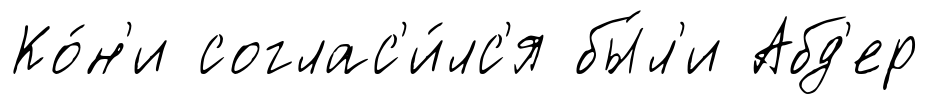
Ко́н'и соглас'и́лс'я бы́л'и Абд'ер